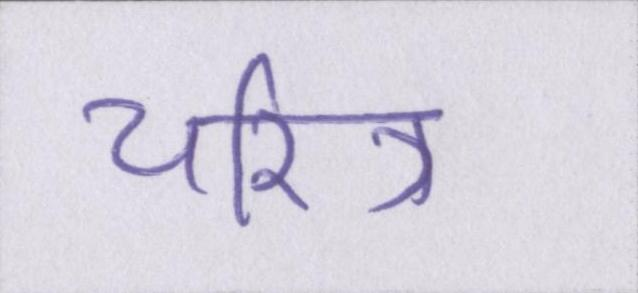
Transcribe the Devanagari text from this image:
चरित्र